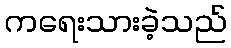
ကရေးသားခဲ့သည်